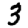
Digit: 3